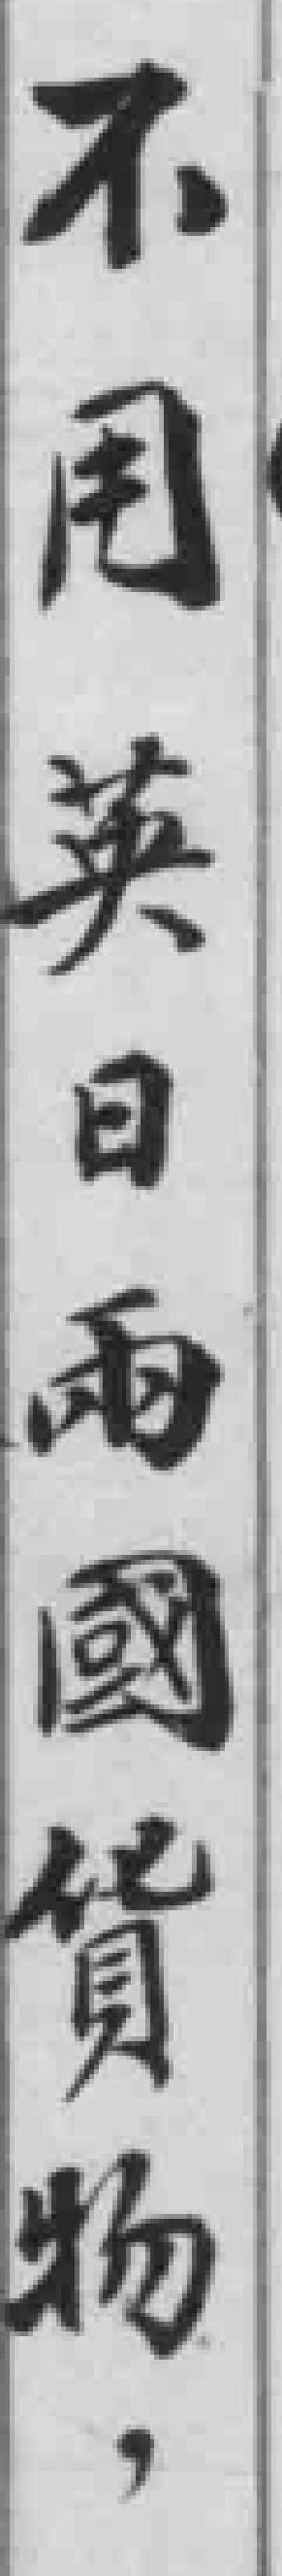
不用英日兩國货物，